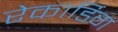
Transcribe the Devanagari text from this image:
रेकार्डिग